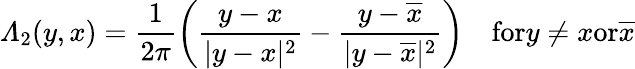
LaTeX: \varLambda_{2}(y,x)=\frac{1}{2\pi}\left(\frac{y-x}{|y-x|^{2}}-\frac{y-\overline{{x}}}{|y-\overline{{x}}|^{2}}\right)\quad\textrm{for}y\neq x\textrm{or}\overline{{x}}